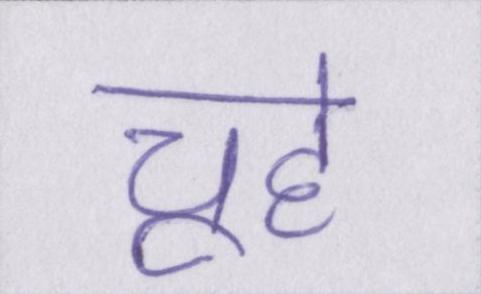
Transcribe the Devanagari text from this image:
चूहे